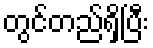
တွင်တည်ရှိပြီး